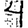
Digit: 4